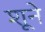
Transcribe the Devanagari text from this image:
शूने